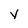
Character: v